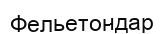
Фельетондар